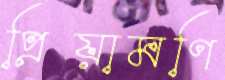
প্রিয়ামণি